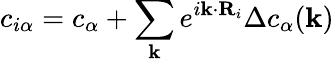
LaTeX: c_{i\alpha}=c_{\alpha}+\sum_{\mathbf{k}}e^{i\mathbf{k}\cdot\mathbf{R}_{i}}\Delta c_{\alpha}(\mathbf{k})